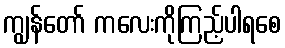
ကျွန်တော် ကလေးကိုကြည့်ပါရစေ